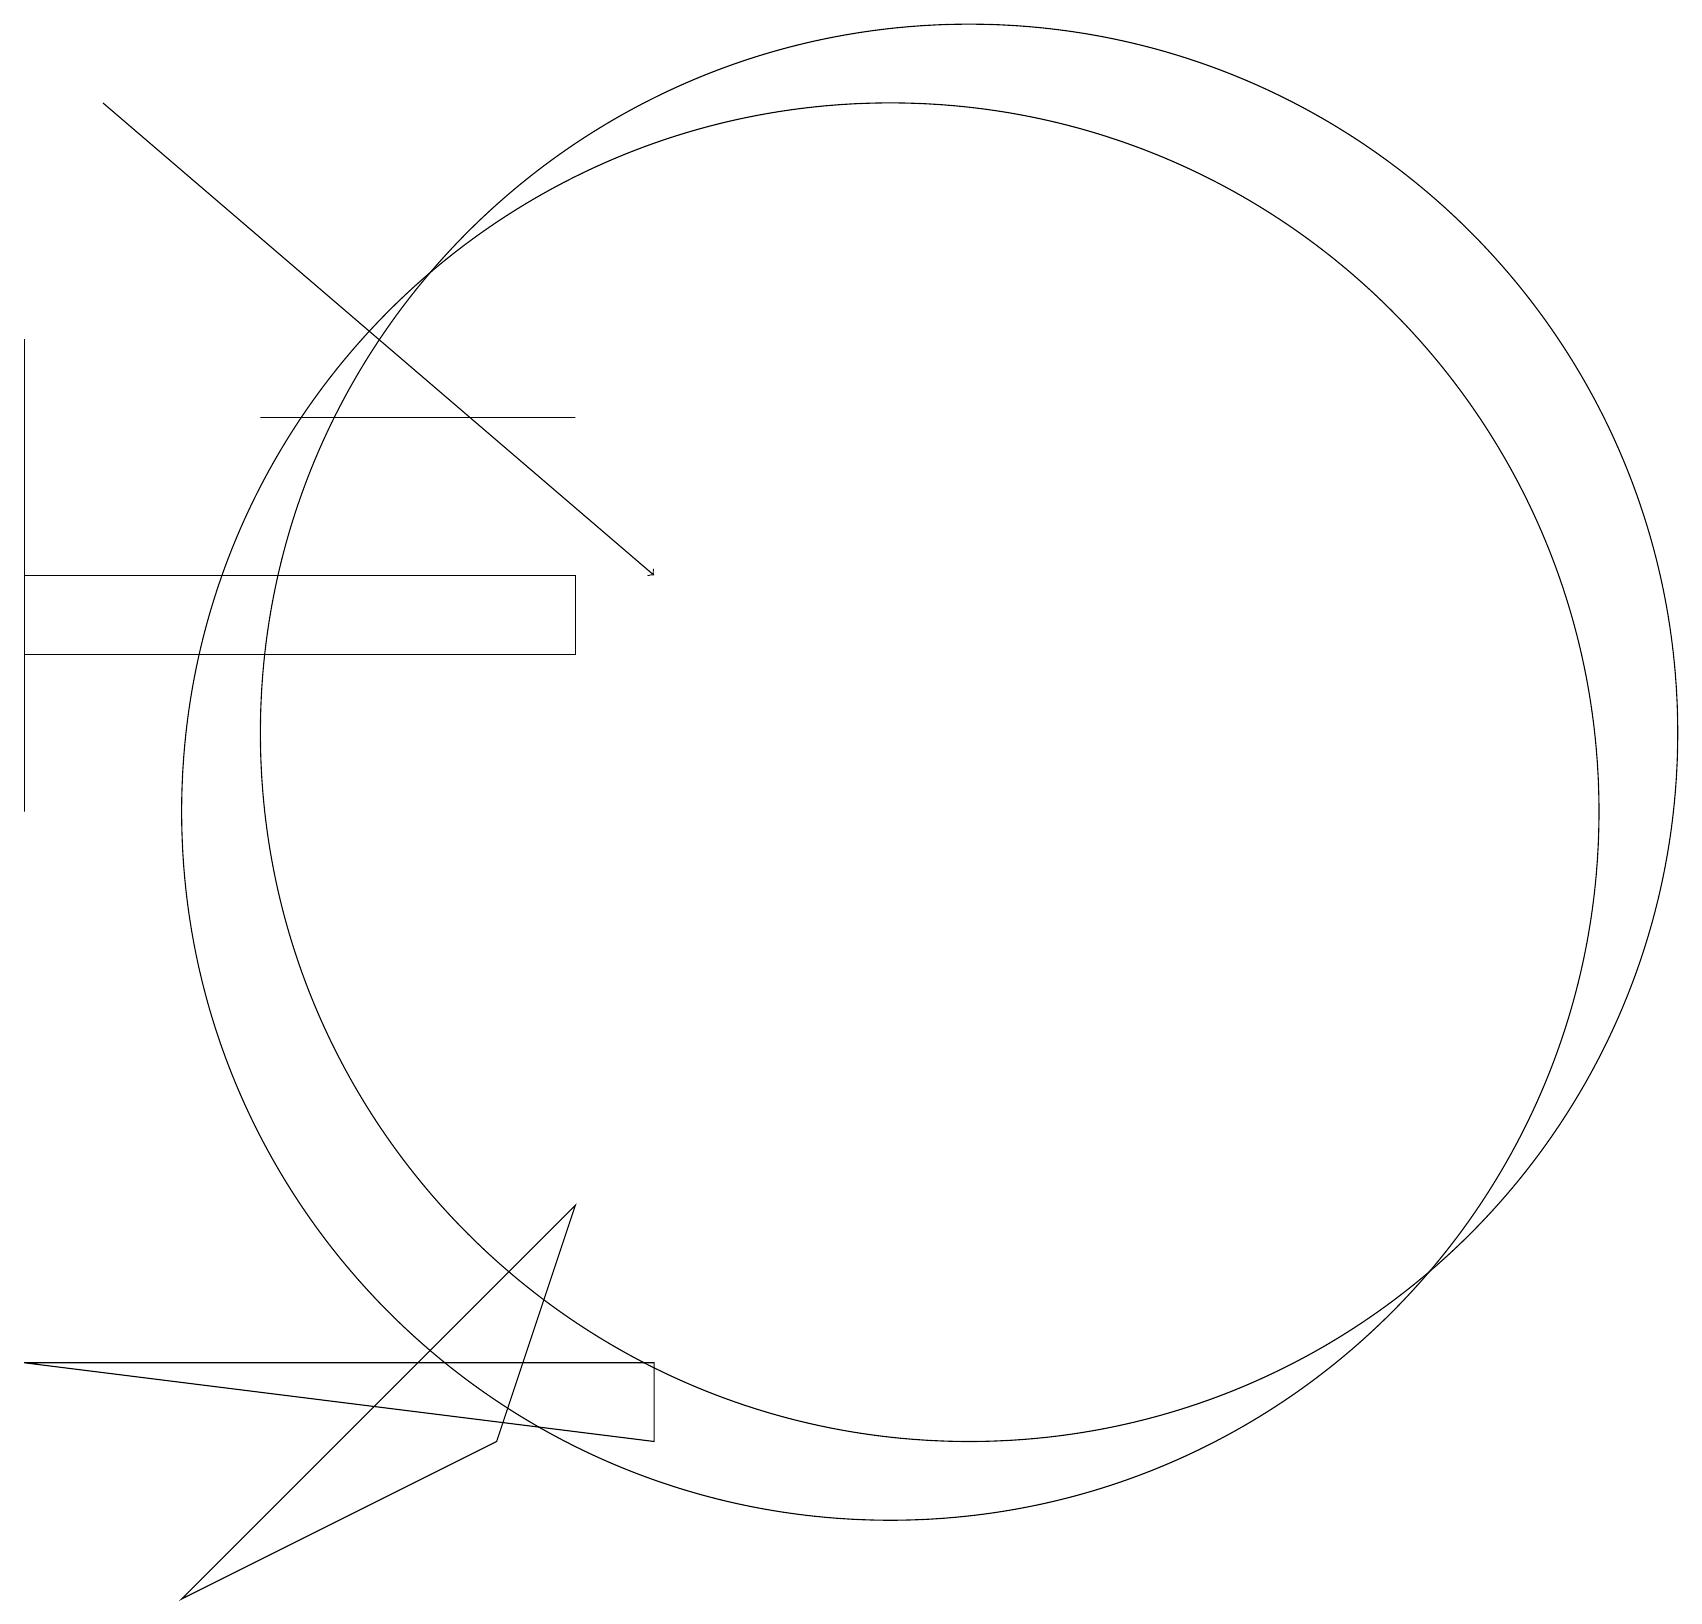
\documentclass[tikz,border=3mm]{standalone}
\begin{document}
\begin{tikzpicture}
\draw (7,15) rectangle (3,15);
\draw (0,16) rectangle (0,10);
\draw (7,12) rectangle (0,13);
\draw (12,11) circle (9);
\draw (7,5) -- (6,2) -- (2,0) -- cycle;
\draw[->] (1,19) -- (8,13);
\draw (11,10) circle (9);
\draw (0,3) -- (8,3) -- (8,2) -- cycle;
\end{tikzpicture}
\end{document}